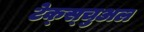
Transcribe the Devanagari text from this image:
टेक्स्चुअल